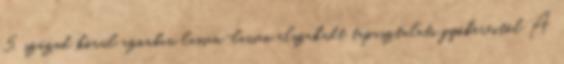
5. század körül azonban lassan-lassan elszakadt tapasztalati gyökereitől A